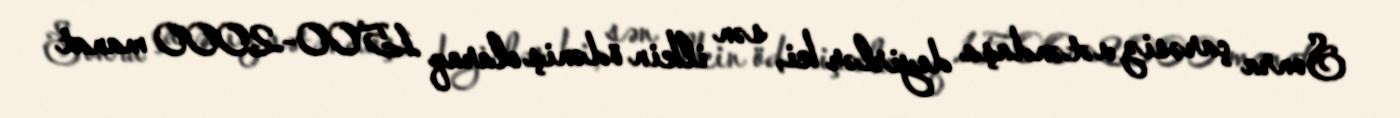
Sonra çarəsiz vətəndaşa deyirlər ki, sən ilkin ödəniş olaraq 1500-2000 manat